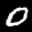
Label: 0